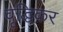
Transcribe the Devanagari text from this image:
वृद्धिकर